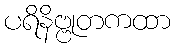
ပရိနိဗ္ဗုတကထာ